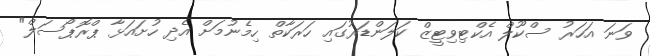
ވަނަ އަހަރު ސްކޫލް އެކްޓިވިޓީޒް ކަލަންޑަރުގައި ހަރަކާތް ހިމެނުމަށް އެދި ހުށައަޅާ ޕްރޮޕޯސަލް"